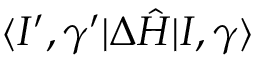
\langle I ^ { \prime } , \gamma ^ { \prime } | \Delta \hat { H } | I , \gamma \rangle